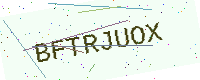
Text: BFTRJUOX